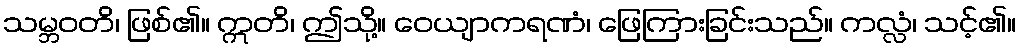
သမ္ဘဝတိ၊ ဖြစ်၏။ ဣတိ၊ ဤသို့။ ဝေယျာကရဏံ၊ ဖြေကြားခြင်းသည်။ ကလ္လံ၊ သင့်၏။